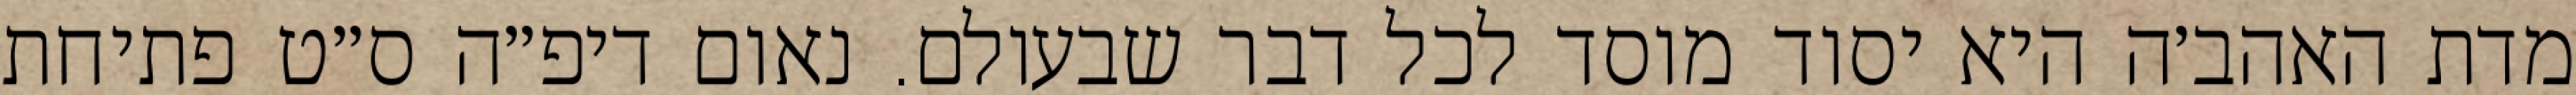
מדת האהב׳ה היא יסוד מוסד לכל דבר שבעולם. נאום דיפ״ה ס״ט פתיחת